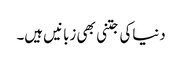
دنیاکی جتنی بھی زبانیں ہیں۔